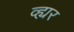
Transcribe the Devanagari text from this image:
व्ह्यर